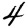
Digit: 4